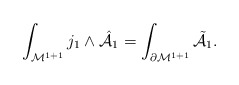
\begin{align*}\int_{{\cal M}^{1+1}} j_1 \wedge{\hat {\cal A}}_1 =\int_{\partial {\cal M}^{1+1}} {\tilde {\cal A}}_1.\end{align*}